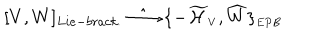
LaTeX: [ V , W ] _ { L i e - b r a c k . } \; \hat { \longrightarrow } \; \{ - { \widetilde { \cal H } } _ { \scriptscriptstyle V } , { \widehat W } \} _ { \scriptscriptstyle E P B }